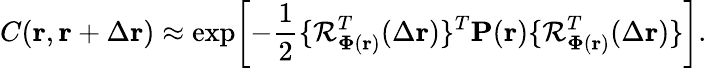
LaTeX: C(\mathbf{r},\mathbf{r}+\Delta\mathbf{r})\approx\exp\! \left[-\frac{1}{2}\{ \mathcal{R}_{\mathbf{\Phi}(\mathbf{r})}^{T}(\Delta\mathbf{r})\} ^{T}\mathbf{P}(\mathbf{r})\{ \mathcal{R}_{\mathbf{\Phi}(\mathbf{r})}^{T}(\Delta\mathbf{r})\} \right].